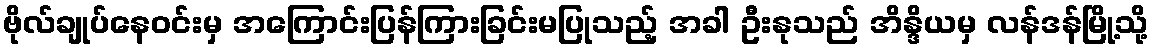
ဗိုလ်ချုပ်နေဝင်းမှ အကြောင်းပြန်ကြားခြင်းမပြုသည့် အခါ ဦးနုသည် အိန္ဒိယမှ လန်ဒန်မြို့သို့